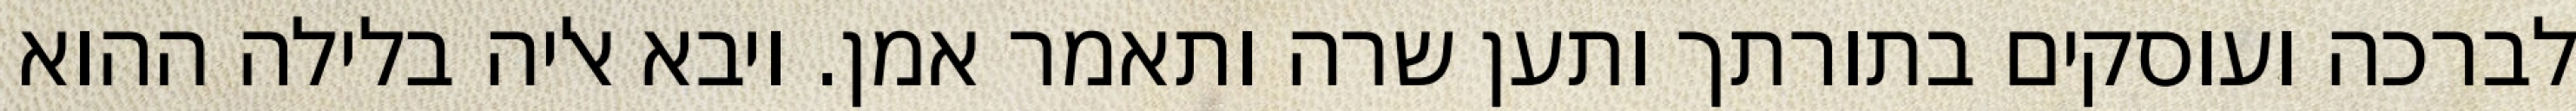
לברכה ועוסקים בתורתך ותען שרה ותאמר אמן. ויבא אליה בלילה ההוא